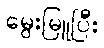
မွေးမြူပြီး